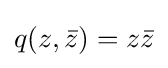
q(z,{\bar {z}})=z{\bar {z}}